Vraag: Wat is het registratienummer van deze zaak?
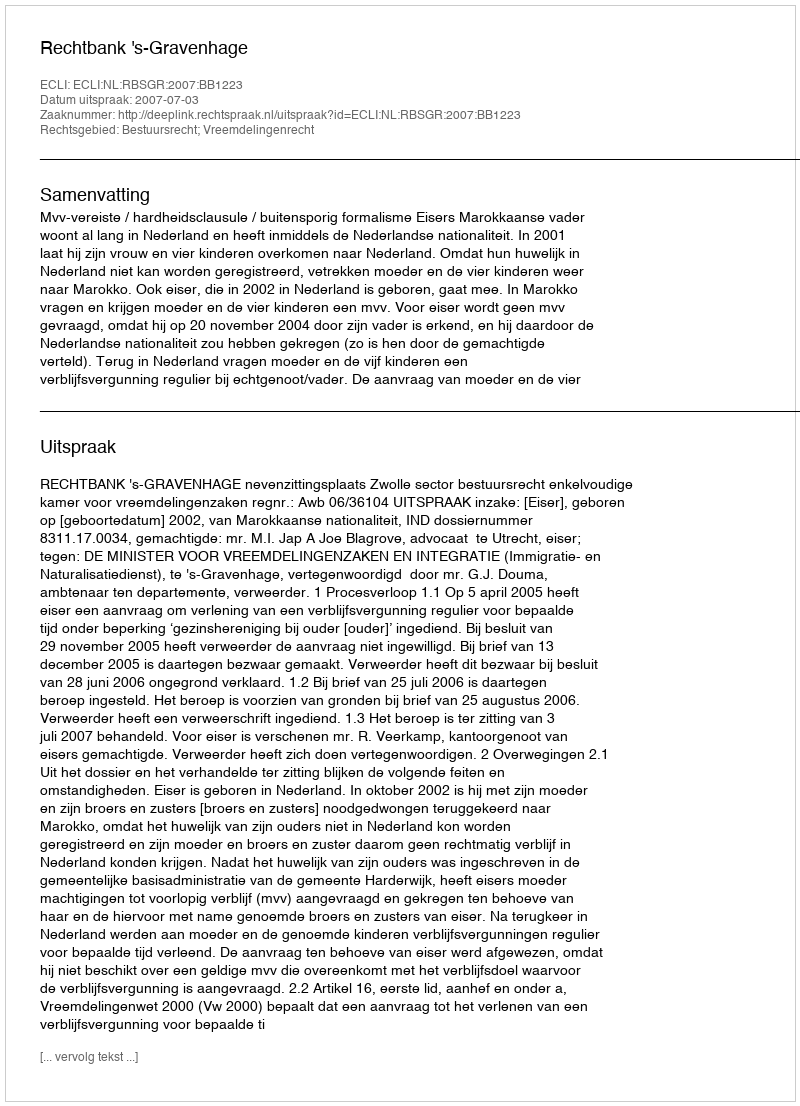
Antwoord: http://deeplink.rechtspraak.nl/uitspraak?id=ECLI:NL:RBSGR:2007:BB1223